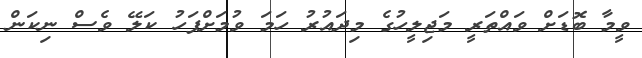
ވީމާ ބޮޑަށް ވައްތަރީ މަޖިލީހުގެ މިދައުރު ހަމަ ވުމަށްފަހު ކަލޭ ވެސް ނިކަން